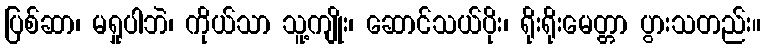
ပြစ်ဆာ၊ မရှုပါဘဲ၊ ကိုယ်သာ သူ့ကျိုး၊ ဆောင်သယ်ပိုး၊ ရိုးရိုးမေတ္တာ ပွားသတည်း။